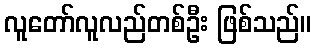
လူတော်လူလည်တစ်ဦး ဖြစ်သည်။